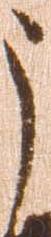
う